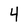
Character: 4